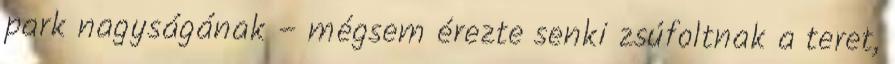
park nagyságának – mégsem érezte senki zsúfoltnak a teret,